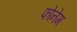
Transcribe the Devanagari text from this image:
फोनेम